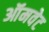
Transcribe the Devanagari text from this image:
ऑमवेट